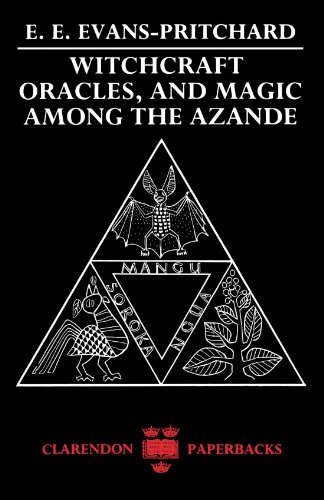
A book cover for Witchcraft, Oracles and Magic among the Azande; E. E. Evans-Pritchard; History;